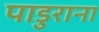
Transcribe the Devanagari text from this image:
पाडुराना